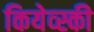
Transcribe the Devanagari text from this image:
कियेव्स्की